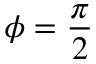
\phi = \frac { \pi } { 2 }